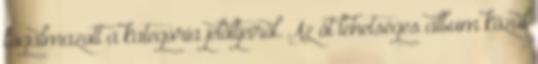
fogalmazott a kategória jelöltjeiről. Az öt lehetséges album közül